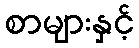
စာများနှင့်